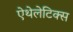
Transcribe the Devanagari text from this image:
ऐथेलेटिक्स